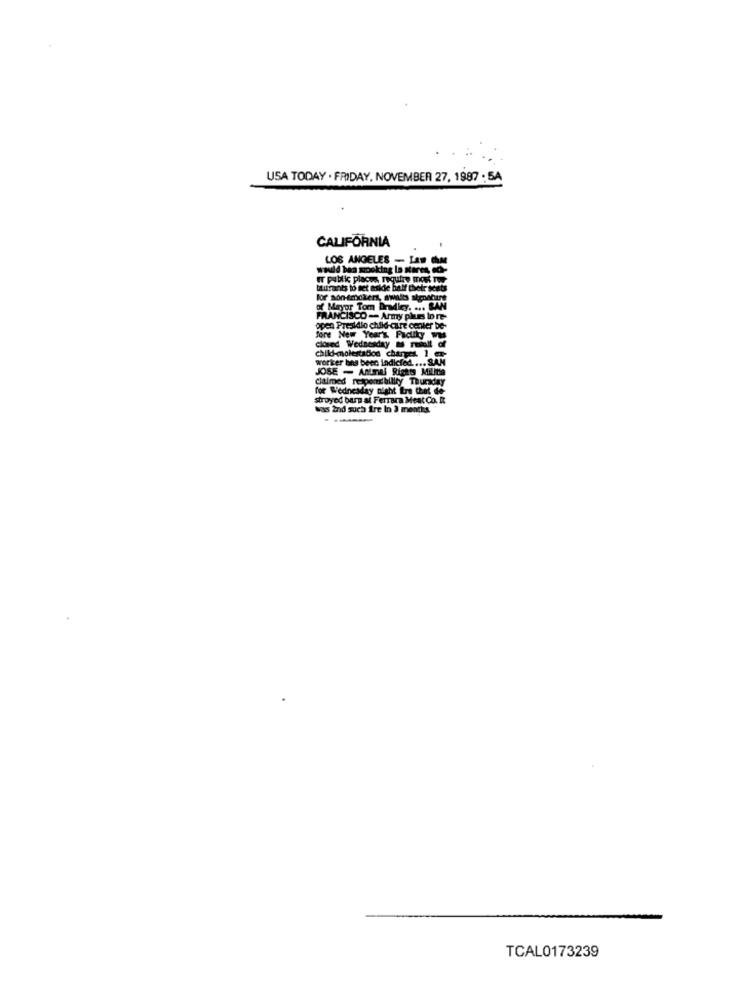
USA TODAY . FRIDAY, NOVEMBER 27, 1987 . SA
CALIFORNIA
LOS ANGELES - Law Che
would bea smoking lo steres, to-
tturants to set aside half their seats
m Bradley. ... SAN
FRANCISCO -- Army pies Io re-
open Presidio child care center be-
fore New Year's Padliky was
closed Wednesday as rmiall of
child-molestabod charges. 1 -
worker bns beec indicted .... SAM
JOSE - Animal Rights Militia
claimed responsibility Thursday
for Wednesday night Ere thet de
stroyed barn al Ferrara Meat Co. It
was 2nd such fre In 3 months."
TCAL0173239